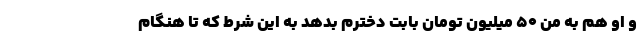
و او هم به من ۵۰ میلیون تومان بابت دخترم بدهد به این شرط که تا هنگام